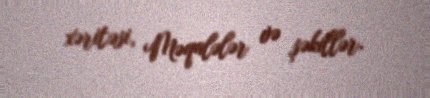
xəritəsi, Məqalələr və şəkillər.